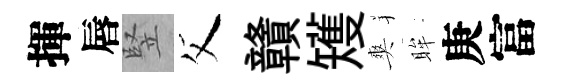
揮唇竪父贛矱爽眸庚富